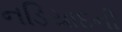
નડિયાદની